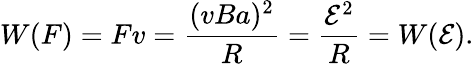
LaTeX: W(F)=Fv=\frac{(vBa)^{2}}{R}=\frac{\mathcal E^{2}}{R}=W(\mathcal E).